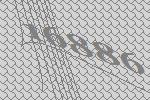
16886